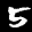
Label: 5